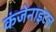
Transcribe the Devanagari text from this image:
कंजेनाइटल